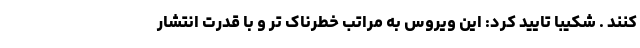
کنند . شکیبا تایید کرد: این ویروس به مراتب خطرناک تر و با قدرت انتشار